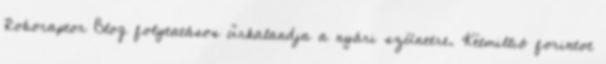
Roboraptor Blog folytatásos űrkalandja a nyári szünetre. Kétmillió forintot